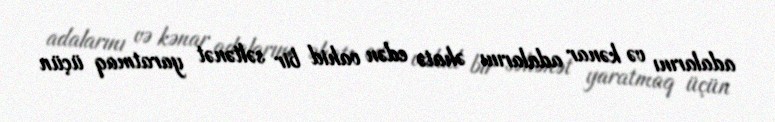
adalarını və kənar adalarını əhatə edən vahid bir səltənət yaratmaq üçün